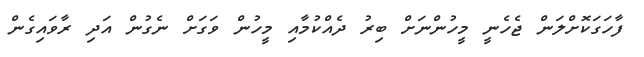
ފާހަގަކޮށްލަން ޖެހެނީ މީހުންނަށް ބިރު ދެއްކުމާއި މީހުން ވަގަށް ނެގުން އަދި ރާވައިގެން